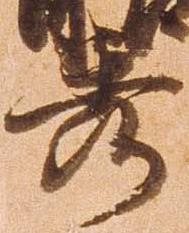
秀